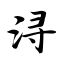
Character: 浔